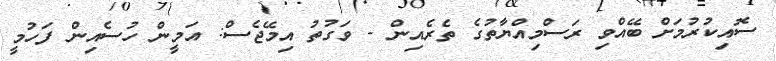
ސޮއިކުރުމަށް ބޭއްވި ރަސްމިއްޔާތުގެ ތެރެއިން - ވަގުތު އިމޭޖެސް: އަމީން ހުސެއިން ފަހުމީ